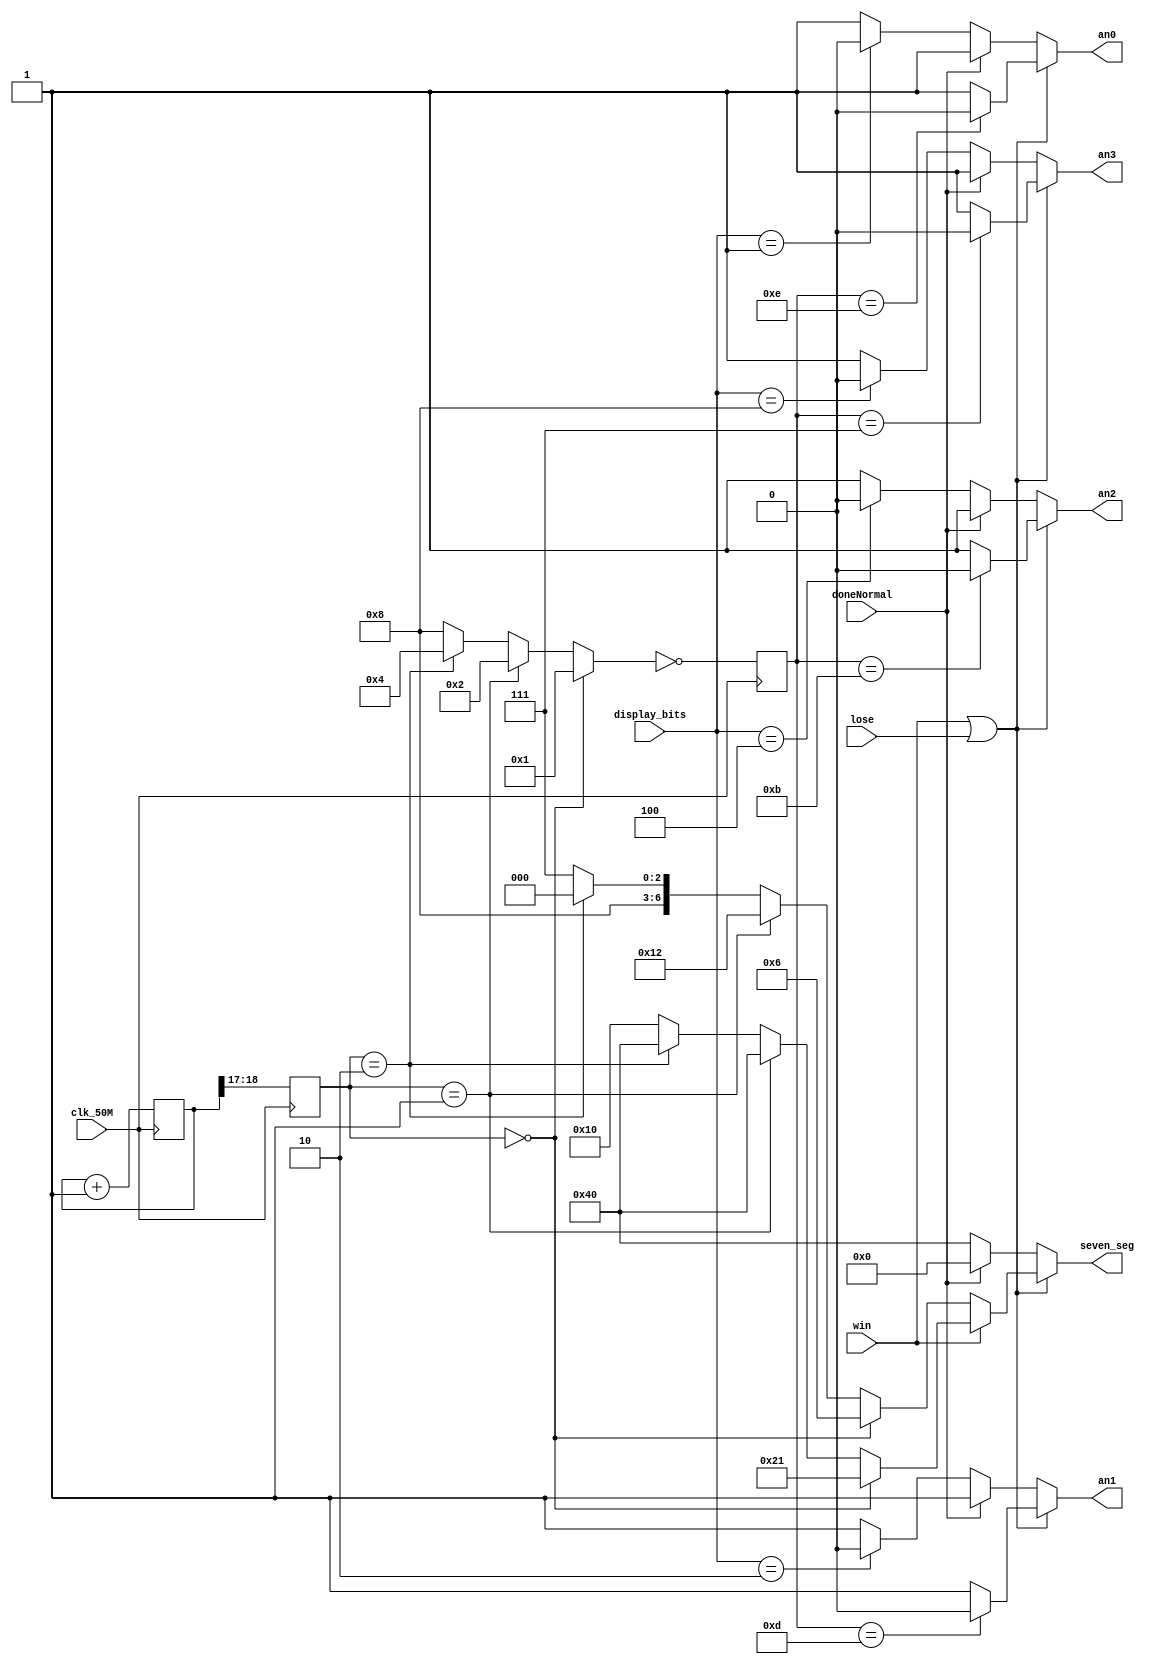
`timescale 1ns / 1ps
//////////////////////////////////////////////////////////////////////////////////
// Company: 
// Engineer: 
// 
// Design Name: 
// Module Name:    display4digit 
// Project Name: 
// Target Devices: 
// Tool versions: 
// Description: 
//
// Dependencies: 
//
// Revision: 
// Revision 0.01 - File Created
// Additional Comments: 
//
//////////////////////////////////////////////////////////////////////////////////

module display4digit(
    input win, lose, doneNormal, input [3:0] display_bits,
    input clk_50M, 
    output reg an3, an2, an1, an0,
    output reg [6:0] seven_seg
    );
	
	reg [18:0] counter = 0;
	reg [1:0] toptwo;
	reg [3:0] digitselect;
	reg [27:0] A1 = 28'b1000111_1000000_0010010_0000110; //lose
	reg [27:0] A2 = 28'b0010000_1000000_1000000_0100001 ; //win	reg [18:0] counter = 0;
	
	//wire [3:0] value4bit;
	

	
	 always @(posedge clk_50M)
		begin
			counter <= counter + 1;	
			toptwo <= counter[18:17];
			digitselect <= ~ (  toptwo == 2'b00 ? 4'b0001  // Note inversion
													: toptwo == 2'b01 ? 4'b0010
													: toptwo == 2'b10 ? 4'b0100
																: 4'b1000 );
		end
															
	     always@(*)
		  begin
  	         if((win == 1) | (lose == 1))
				   begin
						if(win == 1)
							begin
							an3 = (digitselect == ~4'b1000 ? 0 : 1);
							an2 = (digitselect == ~4'b0100 ? 0 : 1);
							an1 = (digitselect == ~4'b0010 ? 0 : 1);	
							an0 = (digitselect == ~4'b0001 ? 0 : 1);
							seven_seg =   (toptwo == 2'b00 ? A2[6:0]
															: toptwo == 2'b01 ? A2[13:7]
															: toptwo == 2'b10 ? A2[20:14]
																					: A2[27:21] );
							end
						else
							begin								
							an3 = (digitselect == ~4'b1000 ? 0 : 1);
							an2 = (digitselect == ~4'b0100 ? 0 : 1);
							an1 = (digitselect == ~4'b0010 ? 0 : 1);	
							an0 = (digitselect == ~4'b0001 ? 0 : 1);	
							seven_seg   =   (toptwo == 2'b00 ? A1[6:0]
															: toptwo == 2'b01 ? A1[13:7]
															: toptwo == 2'b10 ? A1[20:14]
																					: A1[27:21] );
							end
					end
				else if(doneNormal == 0)
					begin
						an3 = (display_bits == 4'b1000 ? 0 : 1);
						an2 = (display_bits == 4'b0100 ? 0 : 1);
						an1 = (display_bits == 4'b0010 ? 0 : 1);	
						an0 = (display_bits == 4'b0001 ? 0 : 1);
						seven_seg = 7'b100_0000;
						
					end
				else
					begin	
					an3 = 1;
					an2 = 1;
					an1 = 1;
					an0 = 1;
					seven_seg = 7'b000_0000;
					end	
		end 
	

endmodule